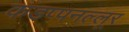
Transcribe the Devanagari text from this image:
कडप्पनल्लूर